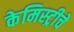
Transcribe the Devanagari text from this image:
केमिस्ट्रीचे